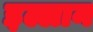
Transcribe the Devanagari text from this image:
इल्लान